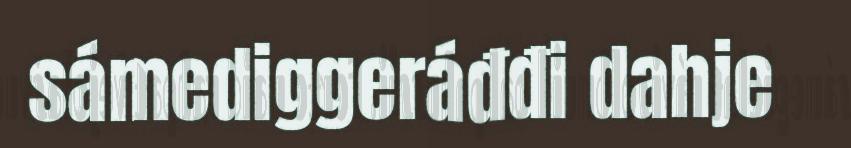
sámediggeráđđi dahje